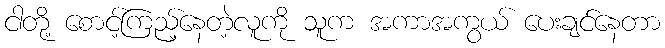
ငါတို့ စောင့်ကြည့်နေတဲ့လူကို သူက အကာအကွယ် ပေးချင်နေတာ